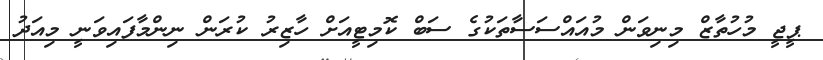
ޕީޖީ މުހުތާޒް މިނިވަން މުއައްސަސާތަކުގެ ސަބް ކޮމިޓީއަށް ހާޒިރު ކުރަން ނިންމާފައިވަނީ މިއަދު